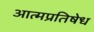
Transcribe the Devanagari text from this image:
आत्मप्रतिषेध